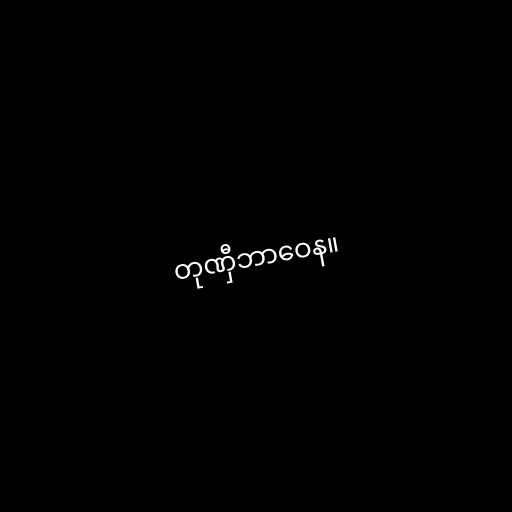
တုဏှီဘာဝေန။